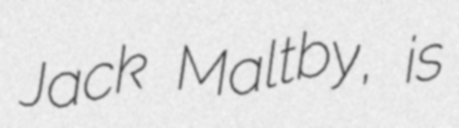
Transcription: Jack Maltby, is